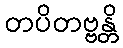
တပိတဗ္ဗန္တိ